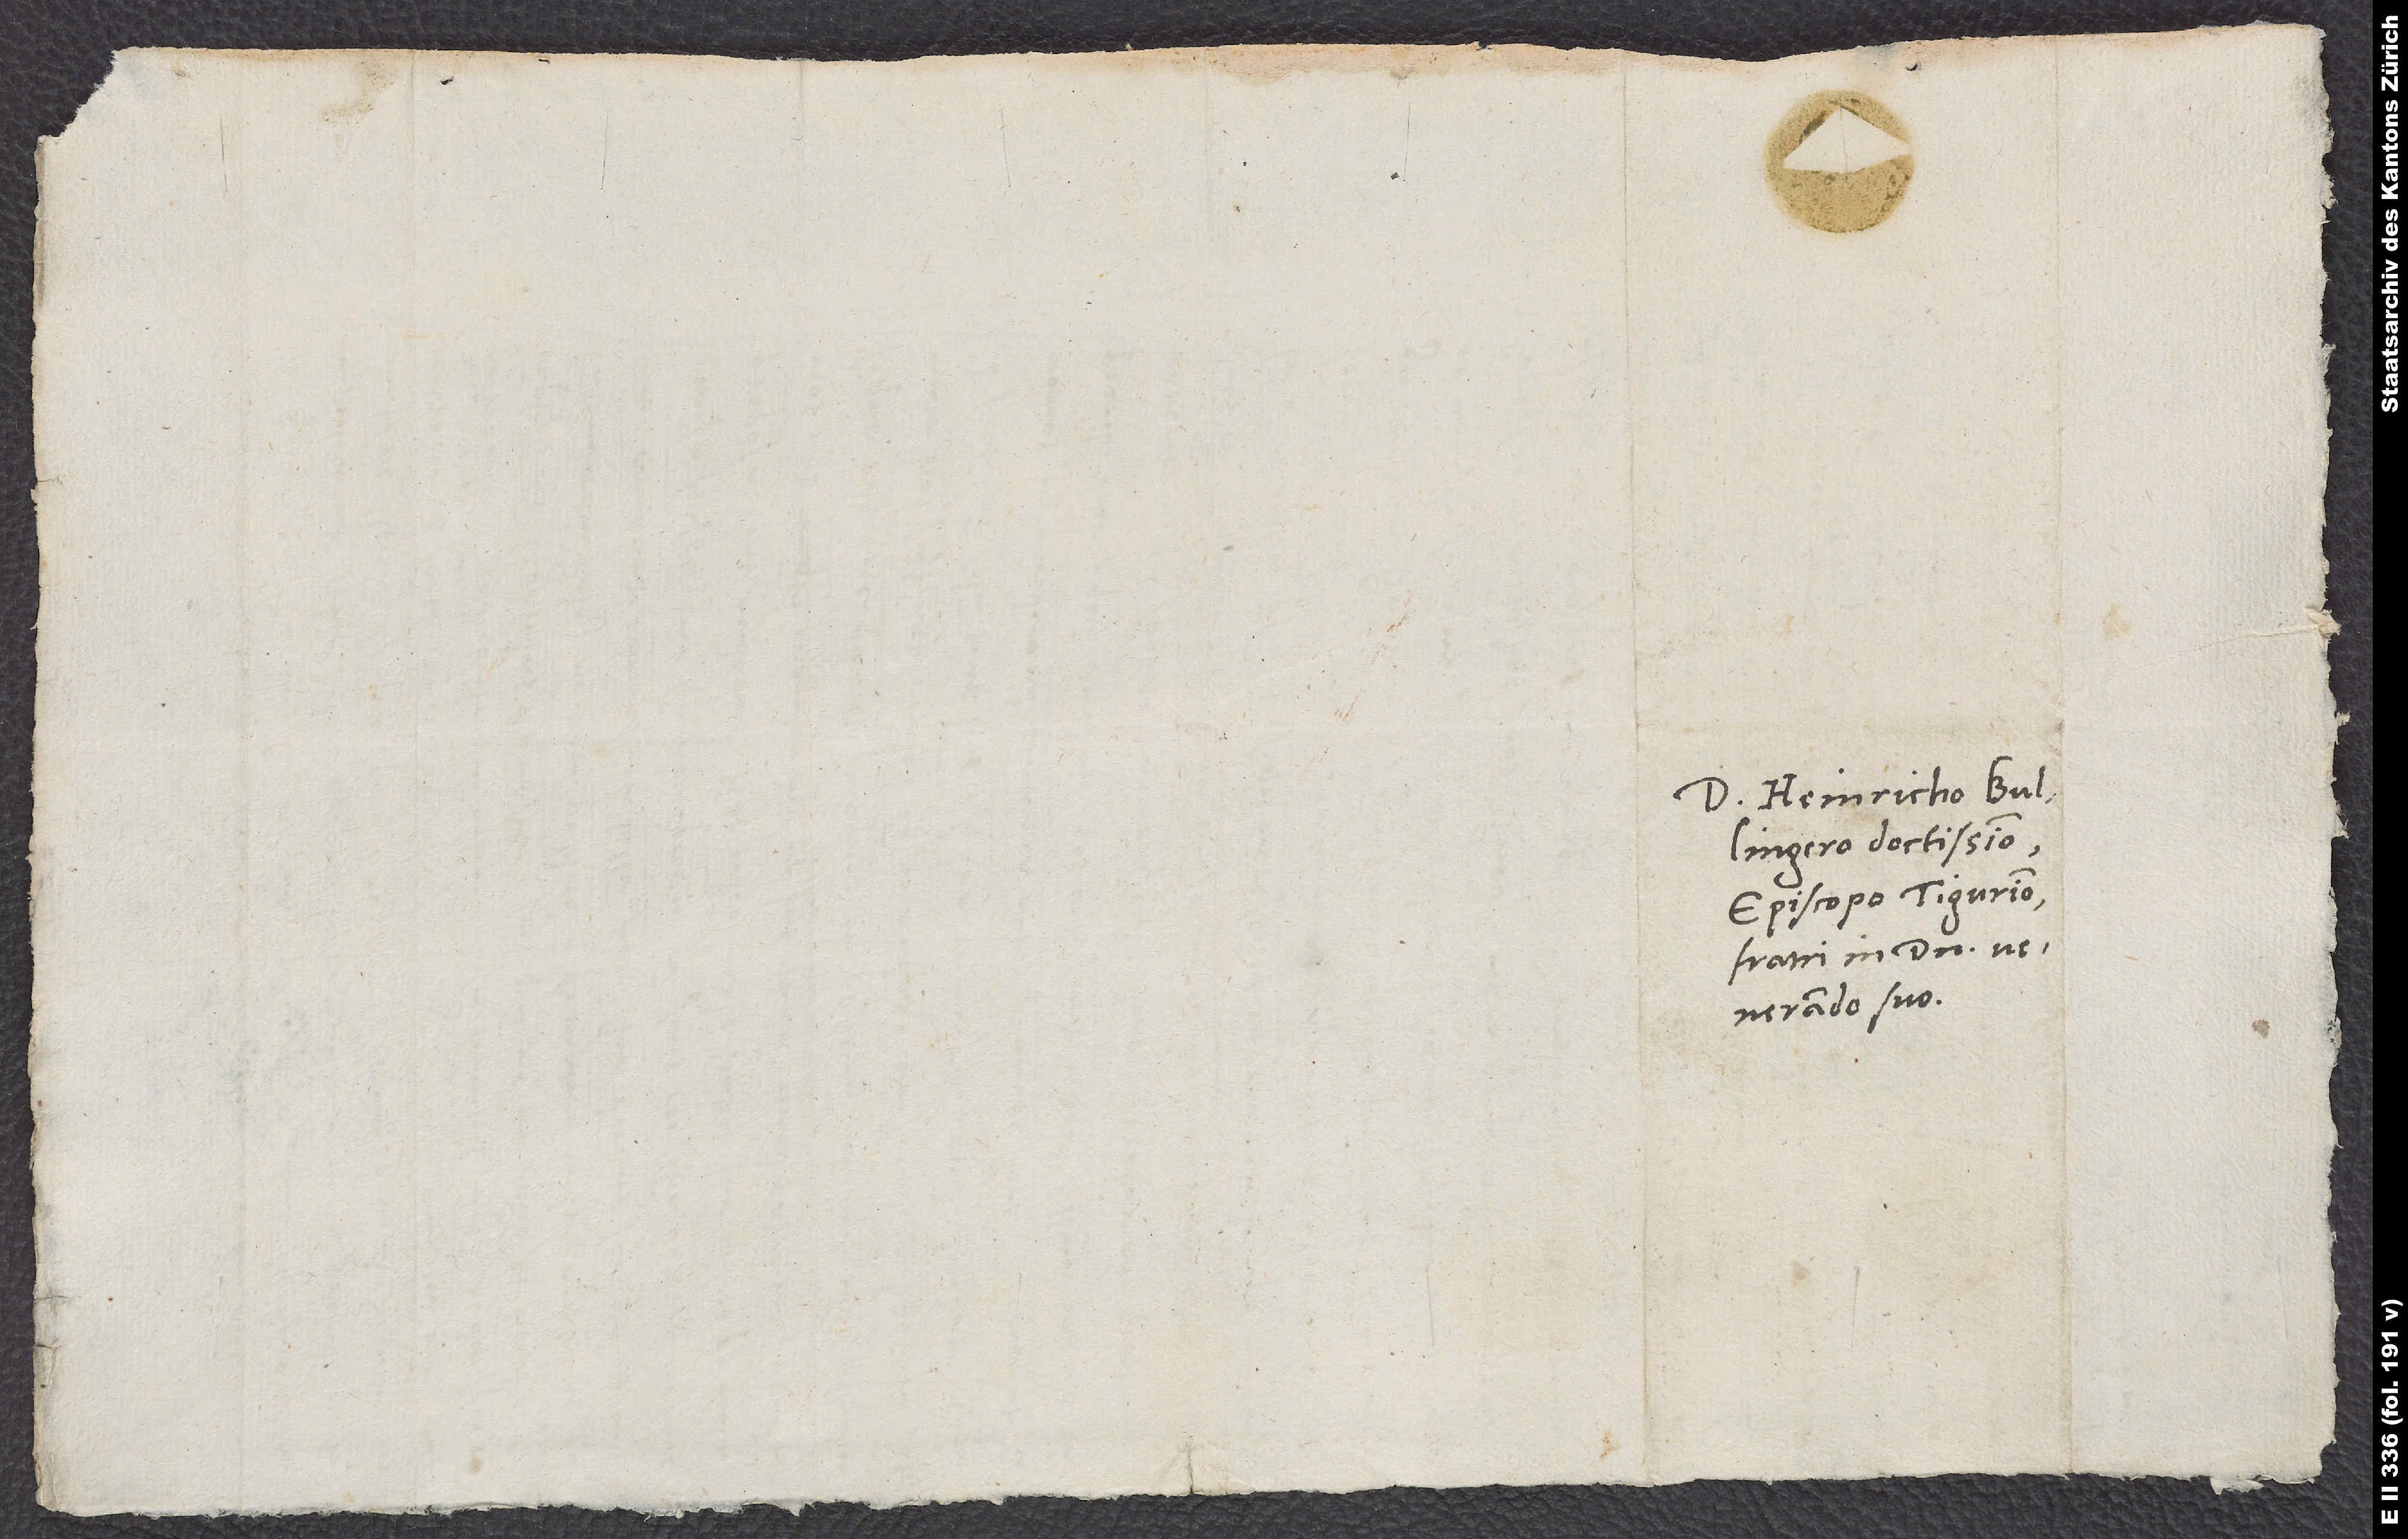
Domino Heinricho Bullingero
episcopo Tigurino,
fratri in domino
venerando suo.